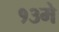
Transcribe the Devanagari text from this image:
१३मे